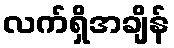
လက်ရှိအချိန်